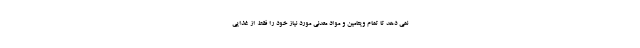
نمی دهد تا تمام ویتامین و مواد معدنی مورد نیاز خود را فقط از غذایی